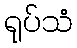
ရုပ်သံ